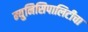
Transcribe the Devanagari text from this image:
म्युनिसिपालिटीचा